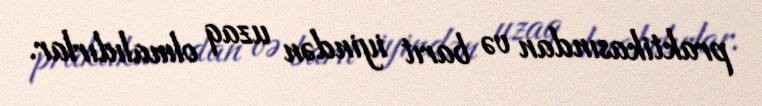
praktikasından və barıt iyindən uzaq olmalıdırlar.